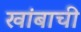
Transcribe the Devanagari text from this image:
खांबाची